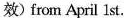
效) from April 1 st.